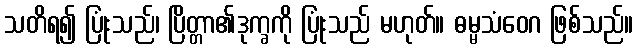
သတိရ၍ ပြုံးသည်၊ ပြိတ္တာ၏ဒုက္ခကို ပြုံးသည် မဟုတ်။ ဓမ္မသံဝေဂ ဖြစ်သည်။